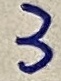
Text: 3